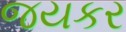
જયકર